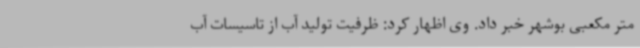
متر مکعبی بوشهر خبر داد. وی اظهار کرد: ظرفیت تولید آب از تاسیسات آب